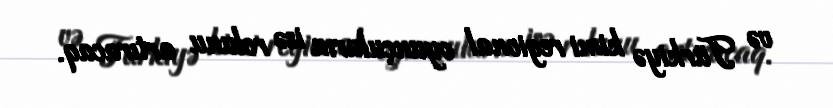
və Türkiyə kimi regional oyunçuların isə rolunu artıracaq.